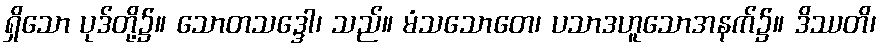
ရှိသော ပုဒ်တို့၌။ သောတသဒ္ဒေါ၊ သည်။ မံသသောတေ၊ ပသာဒဟူသောအနက်၌။ ဒိဿတိ၊